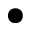
\bullet